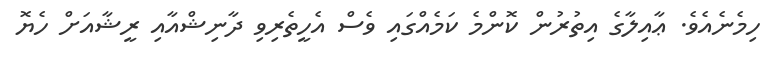
ހިމެނެއެވެ. ޢާއިލާގެ އިތުރުން ކޮންމެ ކަމެއްގައި ވެސް އެހީތެރިވި ދާނިޝްއާއި ރީޝާއަށް ހެޔޮ